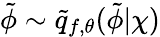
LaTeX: \tilde{\phi}\sim\tilde{q}_{f,\theta}(\tilde{\phi}|\chi)